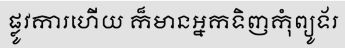
ផ្លូវការហើយ ក៏មានអ្នកទិញកុំព្យូទ័រ